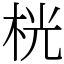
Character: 桄